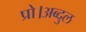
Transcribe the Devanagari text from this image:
प्रो।अब्दुल